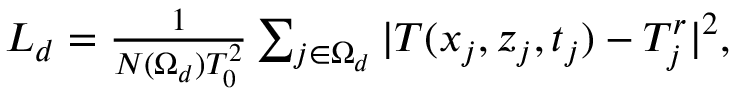
\begin{array} { r } { L _ { d } = \frac { 1 } { N ( \Omega _ { d } ) T _ { 0 } ^ { 2 } } \sum _ { j \in \Omega _ { d } } \vert T ( x _ { j } , z _ { j } , t _ { j } ) - T _ { j } ^ { r } \vert ^ { 2 } , } \end{array}